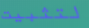
لتثبيت